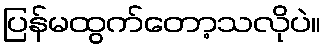
ပြန်မထွက်တော့သလိုပဲ။